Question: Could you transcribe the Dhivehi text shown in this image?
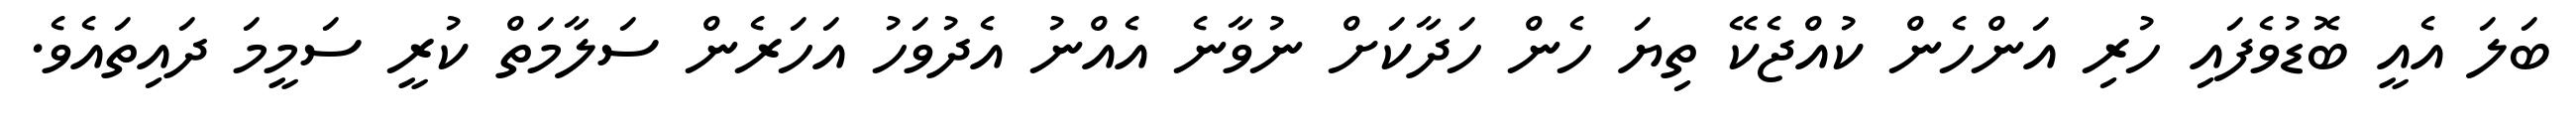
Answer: ބަލަ އެއީ ބޮޑުވެފައި ހުރި އަންހެން ކުއްޖެކޭ ތިޔަ ހެން ހަދާކަށް ނުވާނެ އެއްނު އެދުވަހު އަހަރެން ސަލާމަތް ކުރީ ސަމީމަ ދައިތައެވެ.